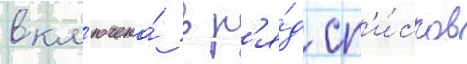
вкл'ючена́ в р'я́д сп'и́сков